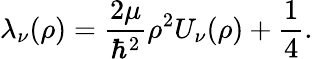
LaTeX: \lambda_{\nu}(\rho)=\frac{2\mu}{\hbar^{2}}\rho^{2}U_{\nu}(\rho)+\frac{1}{4}.